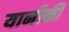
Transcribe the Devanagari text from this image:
यानीकी